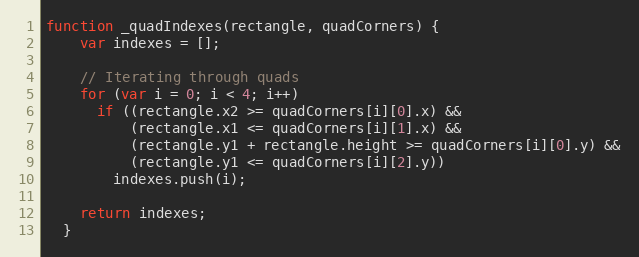
Language: JavaScript
function _quadIndexes(rectangle, quadCorners) {
    var indexes = [];

    // Iterating through quads
    for (var i = 0; i < 4; i++)
      if ((rectangle.x2 >= quadCorners[i][0].x) &&
          (rectangle.x1 <= quadCorners[i][1].x) &&
          (rectangle.y1 + rectangle.height >= quadCorners[i][0].y) &&
          (rectangle.y1 <= quadCorners[i][2].y))
        indexes.push(i);

    return indexes;
  }